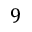
9